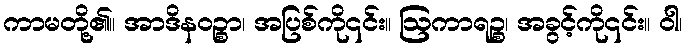
ကာမတို့၏။ အာဒိနဝဉ္စာ၊ အပြစ်ကို၎င်း။ ဩကာရဉ္စ၊ အခွင့်ကို၎င်း။ ဝါ၊